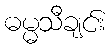
ဓမ္မသီချင်း